Medical and sanitary report of the native army of Bengal for the year
Year: 1874
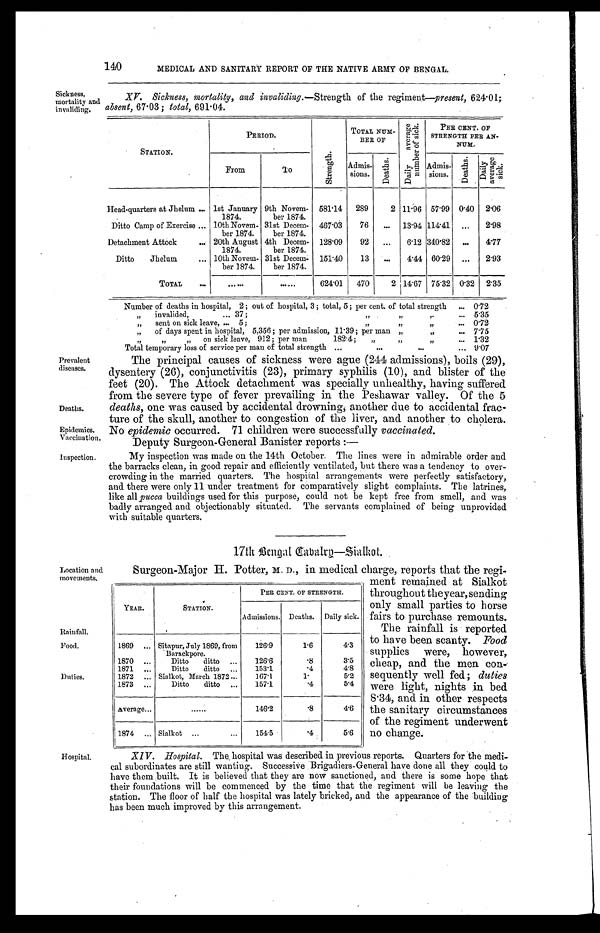
Prevalent
diseases.
Deaths.
Epidemics.
Vaccination.
Inspection.
140
MEDICAL AND SANITARY REPORT OF THE NATIVE ARMY OF BENGAL.
Sickness,
mortality and
invaliding.
XV. Sickness, mortality, and invaliding .—Strength of the regiment—present, 624.01;
absent, 67.03; total, 691.04.
STATION.
PERIOD.
S t r e n g t h .
TOTAL NUM-
BER OF
D a i l y a v e r a g e n u m b e r o f s i c k .
PER CENT. OF
STRENGTH PER AN-
NUM .
From
T o
Admis-
sions.
D e a t h s .
Admis-
sions.
D e a t h s .
D a i l y a v e r a g e s i c k .
Head-quarters at Jhelum . . . 1st January
1874.
9th Novem-
ber 1874.
581.14
289
2 11.96 57.99 0.40 2.06
Ditto Camp of Exercise . . . 10th Novem-
ber 1874.
31st Decem-
ber 1874.
467.03
76
. . .
13.94 114.41
. . .
2.98
Detachment Attock . . . 20th August
1874.
4th Decem-
ber 1874.
128.09
92
. . .
6.12 340.82
. . .
4.77
Ditto Jhelum . . . 10th Novem-
ber 1874.
31st Decem-
ber 1874.
151.40
13
. . .
4.44 60.29
. . .
2.93
TOTAL . . .
. . .
. . .
624.01
470
2 14.67 75.32 0.32 2.35
Number of deaths in hospital, 2; out of hospital, 3; total, 5; per cent. of total strength . . . 0.72
" invalided, . . .37; " " " . . . 5.35
" sent on sick leave, . . .5; " " " . . .
0.72
" of days spent in hospital, 5,356; per admission, 11.39; per man " " . . . 7.75
" " " on sick leave, 912; per man 182.4; " " " . . . 1.32
Total temporary loss of service per man of total strength . . .
9 . 0 7
The principal causes of sickness were ague (244 admissions), boils (29),
dysentery (26), conjunctivitis (23), primary syphilis (10), and blister of the
feet (20). The Attock detachment was specially unhealthy, having suffered
from the severe type of fever prevailing in the Peshawar valley. Of the 5
deaths, one was caused by accidental drowning, another due to accidental frac
-ture of the skull, another to congestion of the liver, and another to cholera.
No epidemic occurred. 71 children were successfully vaccinated.
Deputy Surgeon-General Banister reports:—
My inspection was made on the 14th October. The lines were in admirable order and
the barracks clean, in good repair and efficiently ventilated, but there was a tendency to over
-crowding in the married quarters. The hospital arrangements were perfectly satisfactory,
and there were only 11 under treatment for comparatively slight complaints. The latrines,
like all pucca buildings used for this purpose, could not be kept free from smell, and was
badly arranged and objectionably situated. The servants complained of being unprovided
with suitable quarters.
17th Bengal Cavalry—Sialkot.
Location and
movements.
Rainfall.
Food.
Duties.
Surgeon-Major H. Potter, M. D., in medical charge, reports that the regi
-ment remained at Sialkot
throughout theyear, sending
only small parties to horse
fairs to purchase remounts.
The rainfall is reported
to have been scanty. Food
supplies were, however,
cheap, and the men con-
sequently well fed; duties
were light, nights in bed
8.34, and in other respects
the sanitary circumstances
of the regiment underwent
no change.
YEAR.
STATION.
PER CENT. OF STRENGTH.
Admissions. Deaths. Daily sick.
1869 . . . Sitapur, July 1869, from
Barackpore.
126.9
1.6
4.3
1870 . . .
Ditto
ditto . . .
126.6
.8
3.5
1871 . . .
Ditto ditto . . .
153.1
.4
4.8
1872 . . . Sialkot, March 1872 . . .
167.1
1 .
5.2
1873 . . .
Ditto
ditto . . .
157.1
.4
5.4
Average . . .
. . .
146.2
.8
4.6
1874 . . . Sialkot . . .
154.5
.4
5.6
Hospital.
XIV. Hospital. The hospital was described in previous reports. Quarters for the medi
- c a l s u b o r d i n a t e s a r e s t i l l w a n t i n g . S u c c e s s i v e B r i g a d i e r s - G e n e r a l h a v e d o n e a l l t h e y c o u l d t o
have them built. It is believed that they are now sanctioned, and there is some hope that
their foundations will be commenced by the time that the regiment will be leaving the
station. The floor of half the hospital was lately bricked, and the appearance of the building
has been much improved by this arrangement.